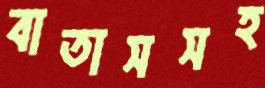
বাতাসসহ